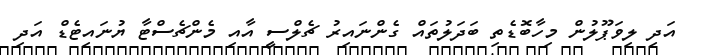
އަދި ލިވަޕޫލުން މިހާބޮޑެތި ބަދަލުތައް ގެންނައިރު ޗެލްސީ އާއި މެންޗެސްޓާ ޔުނައިޓެޑް އަދި